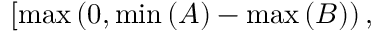
\left[ \operatorname* { m a x } \left( 0 , \operatorname* { m i n } \left( A \right) - \operatorname* { m a x } \left( B \right) \right) , \right.